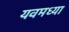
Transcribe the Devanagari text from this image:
यवमध्या